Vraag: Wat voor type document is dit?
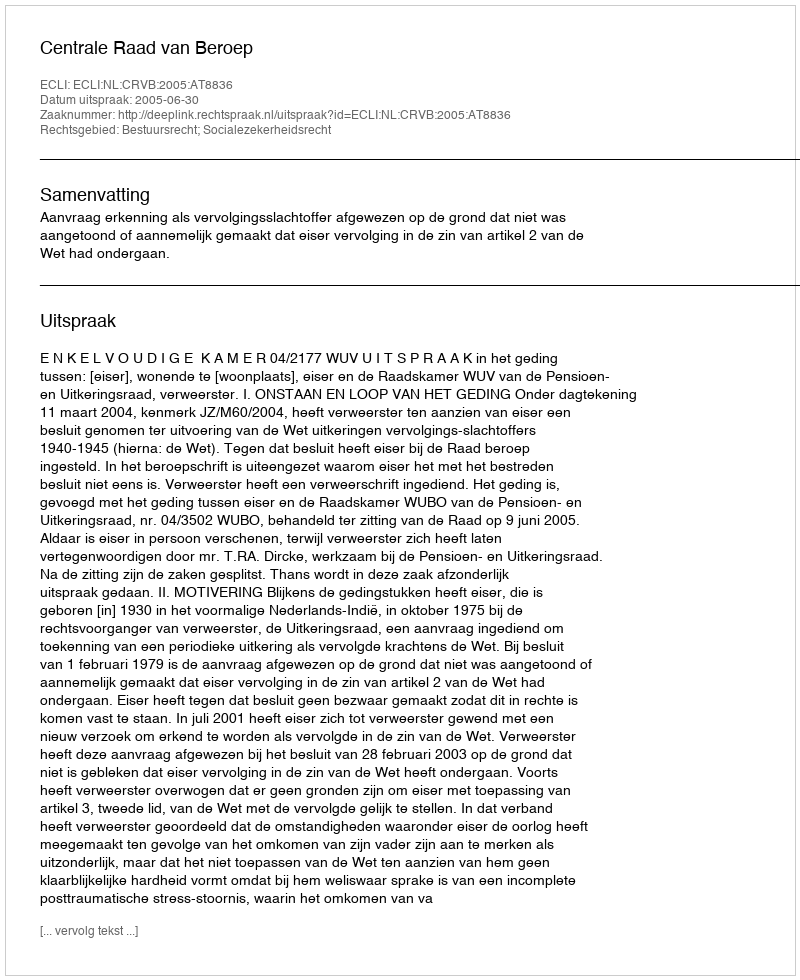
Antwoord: Uitspraak